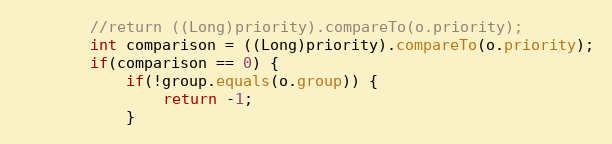
Language: Java
        //return ((Long)priority).compareTo(o.priority);
        int comparison = ((Long)priority).compareTo(o.priority);
        if(comparison == 0) {
            if(!group.equals(o.group)) {
                return -1;
            }